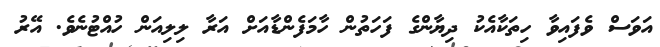
އަވަސް ވެފައިވާ ހިތަކާއެކު ދިޔާންގެ ފަހަތުން ހާމަފެންޑާއަށް އަރާ ލިލިއަން ހުއްޓުނެވެ. އޭރު